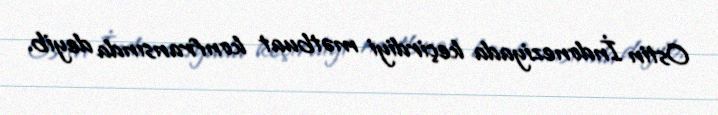
Ostin İndoneziyada keçirdiyi mətbuat konfransında deyib.